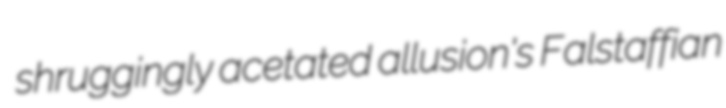
shruggingly acetated allusion's Falstaffian